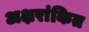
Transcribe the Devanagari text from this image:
अक्षरांकित